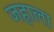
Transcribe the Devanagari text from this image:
जहाला